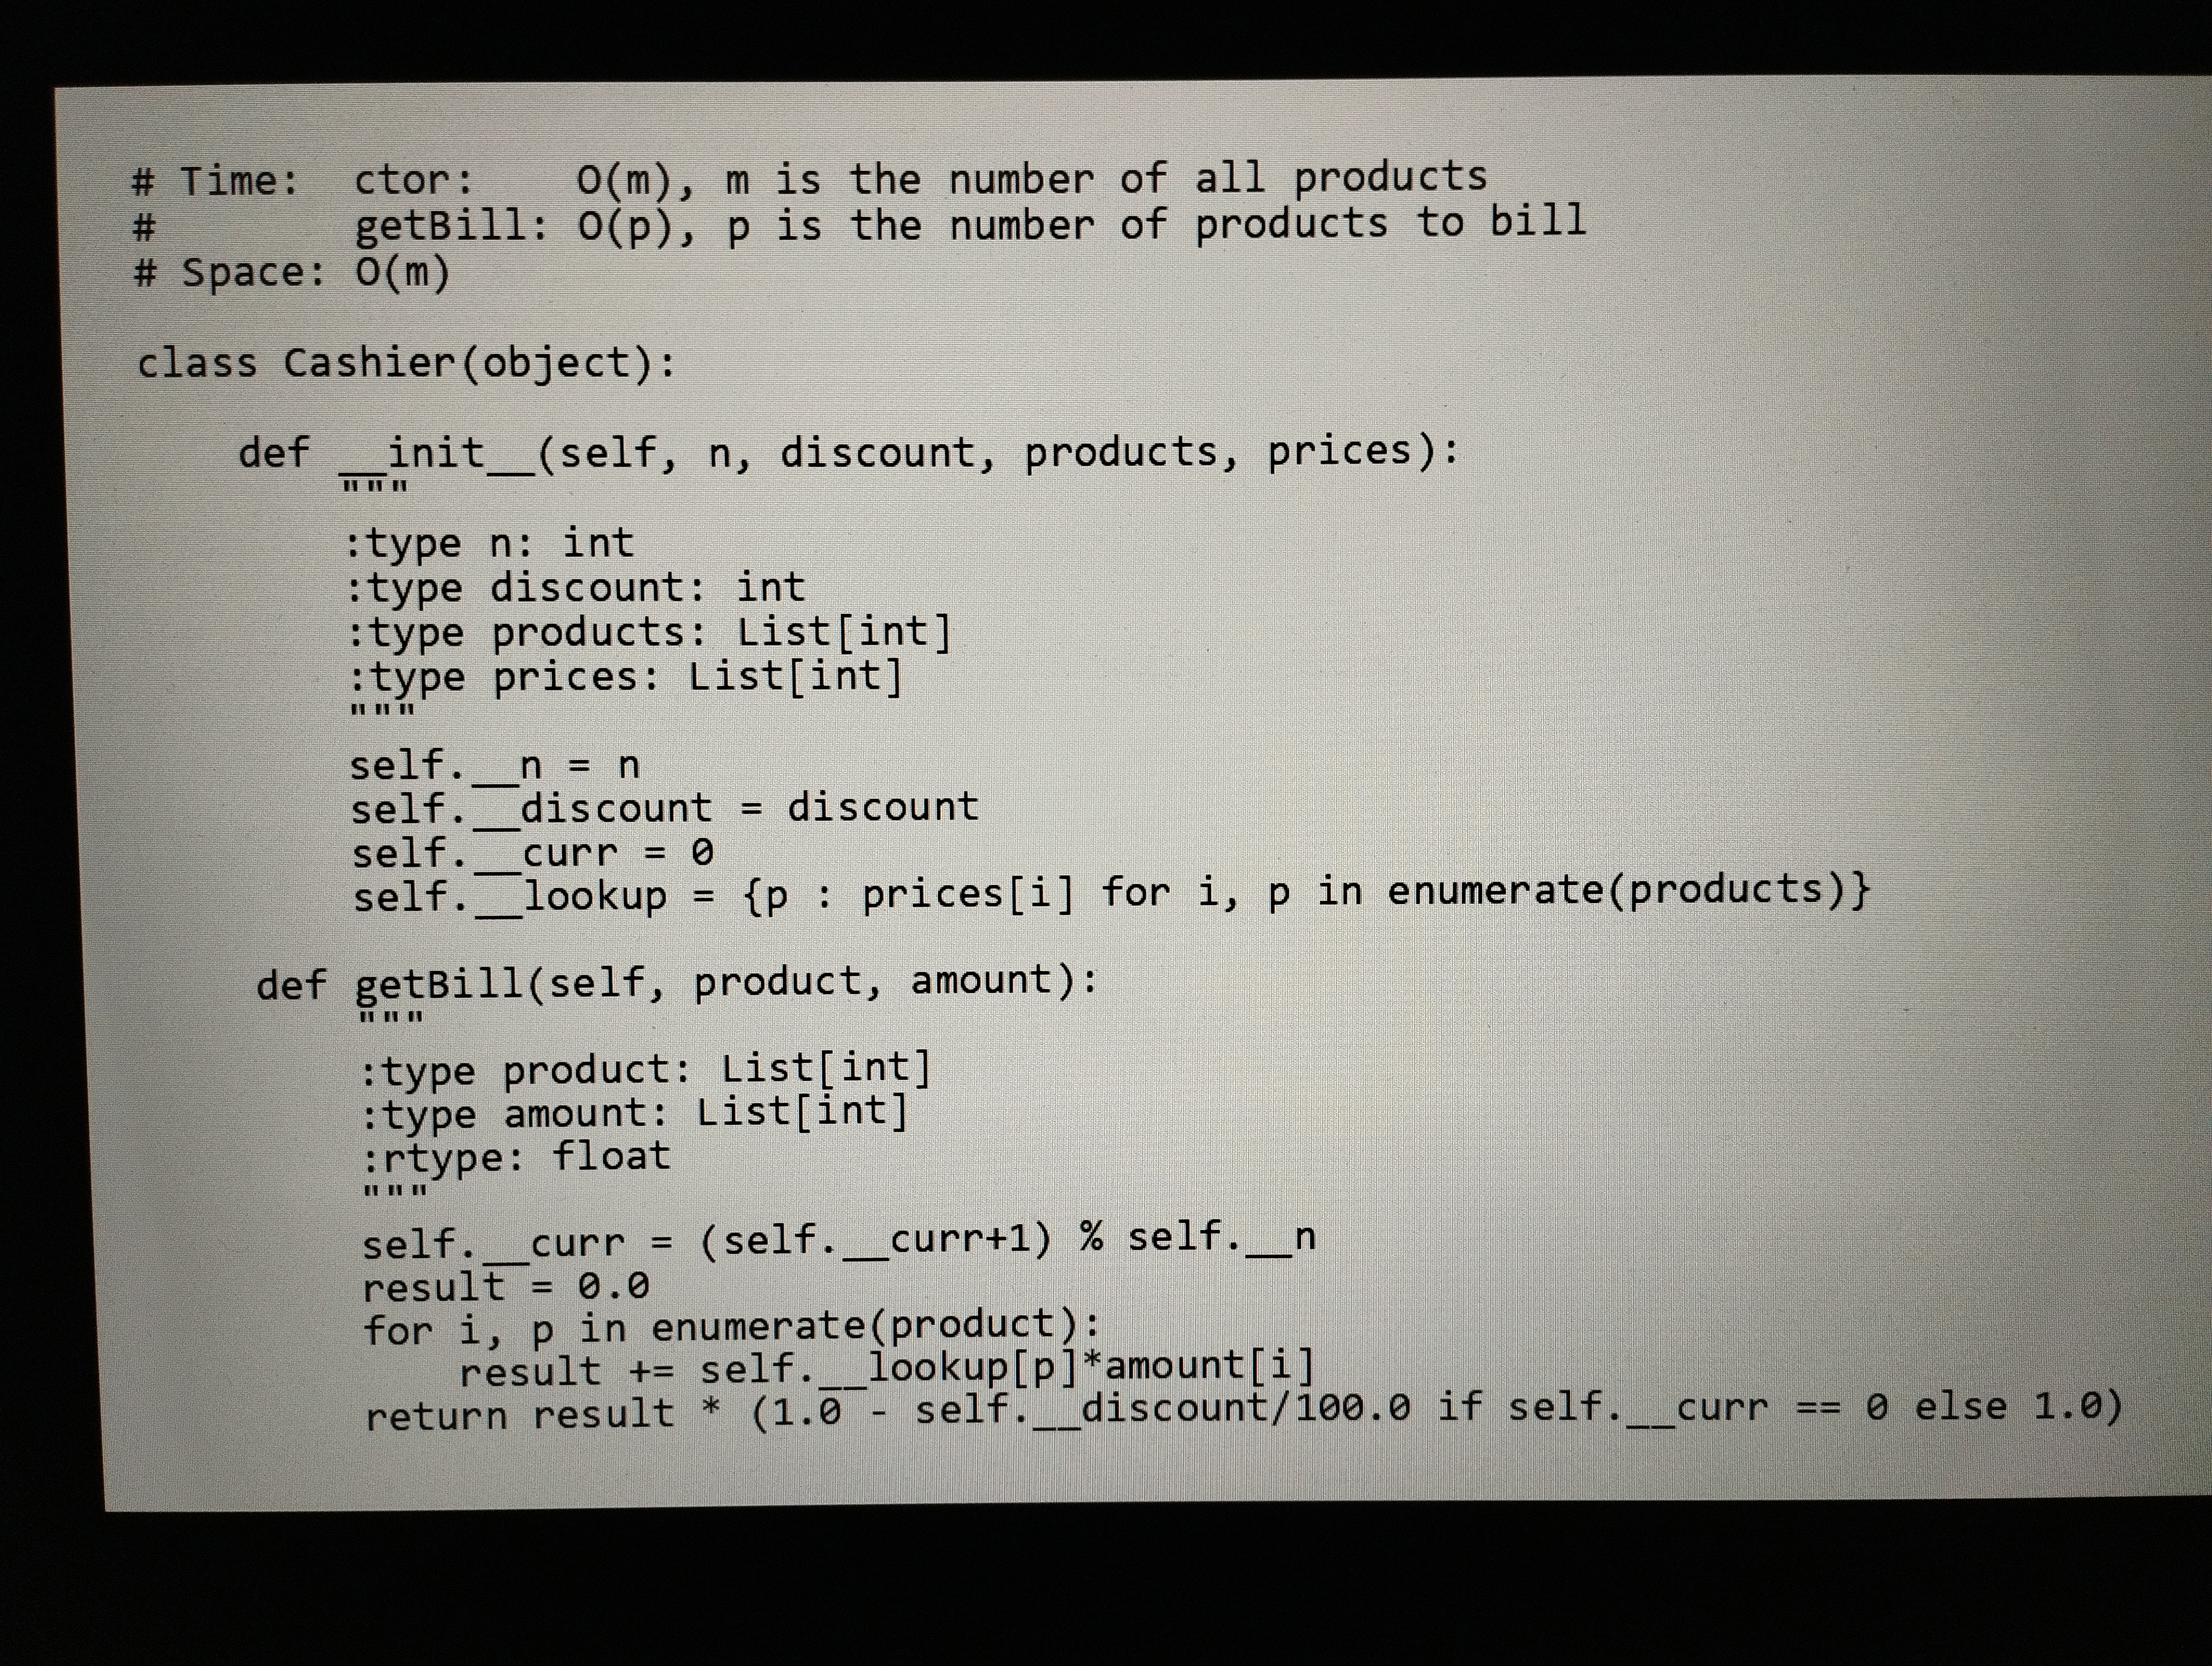
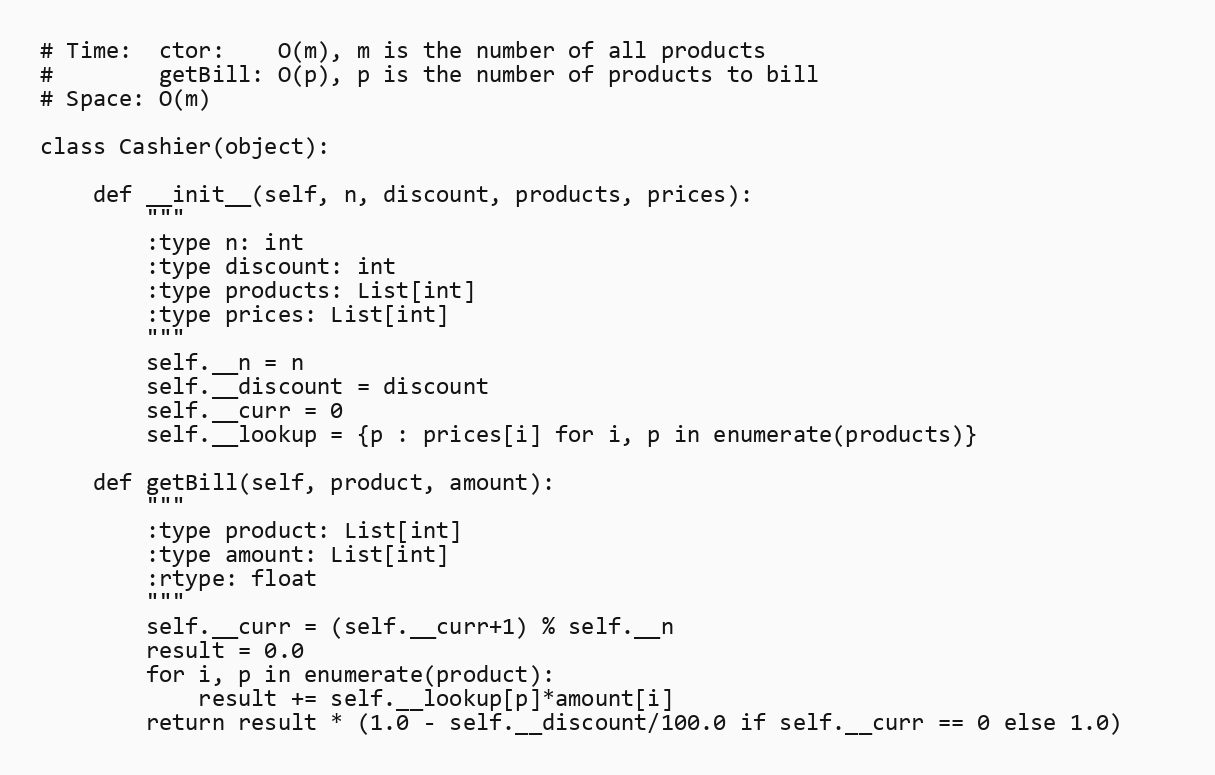
# Time:  ctor:    O(m), m is the number of all products
#        getBill: O(p), p is the number of products to bill
# Space: O(m)

class Cashier(object):

    def __init__(self, n, discount, products, prices):
        """
        :type n: int
        :type discount: int
        :type products: List[int]
        :type prices: List[int]
        """
        self.__n = n
        self.__discount = discount
        self.__curr = 0
        self.__lookup = {p : prices[i] for i, p in enumerate(products)}

    def getBill(self, product, amount):
        """
        :type product: List[int]
        :type amount: List[int]
        :rtype: float
        """
        self.__curr = (self.__curr+1) % self.__n
        result = 0.0
        for i, p in enumerate(product):
            result += self.__lookup[p]*amount[i]
        return result * (1.0 - self.__discount/100.0 if self.__curr == 0 else 1.0)